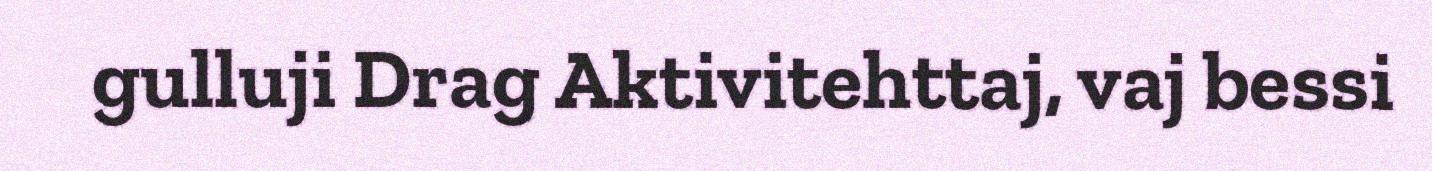
gulluji Drag Aktivitehttaj, vaj bessi